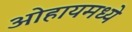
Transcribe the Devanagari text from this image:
ओहायमध्ये